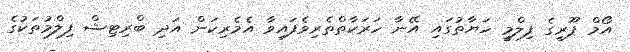
އޯމް ޕޫރީގެ ފިލްމީ ހަޔާތުގައި އޭނާ ހަރަކާތްތެރިވެފައިވާ އެމެރިކަން އަދި ބްރިޓިޝް ފިލްމުތަކުގެ